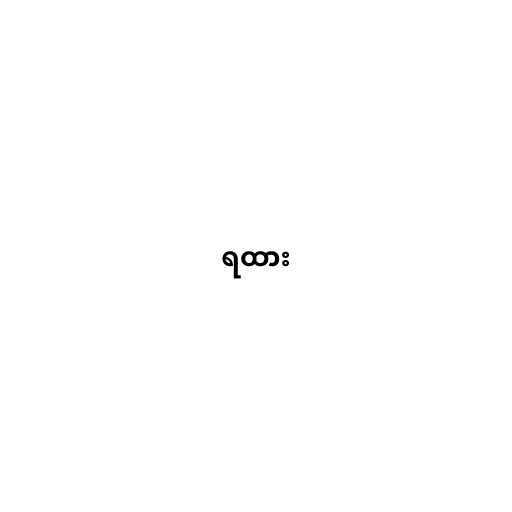
ရထား